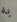
به